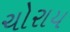
ચોરાય